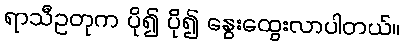
ရာသီဥတုက ပို၍ ပို၍ နွေးထွေးလာပါတယ်။